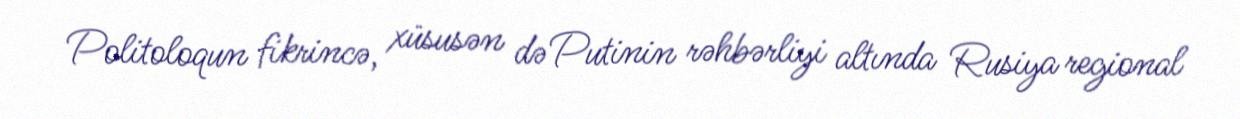
Politoloqun fikrincə, xüsusən də Putinin rəhbərliyi altında Rusiya regional